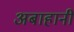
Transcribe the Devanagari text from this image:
अबाहानी